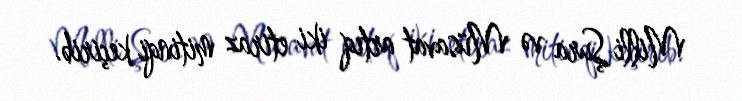
Milli Şura və Müsavat artıq iki etiraz mitinqi keçirib.